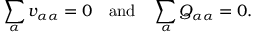
\sum _ { \alpha } v _ { \alpha \alpha } = 0 \quad { \mathrm { a n d } } \quad \sum _ { \alpha } Q _ { \alpha \alpha } = 0 .